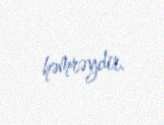
həmrəydir.